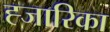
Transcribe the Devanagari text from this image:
ह्जारिका